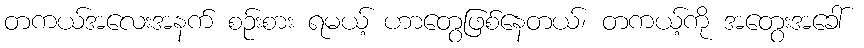
တကယ်အလေးအနက် စဉ်းစား ရမယ့် ဟာတွေဖြစ်နေတယ်၊ တကယ့်ကို အတွေးအခေါ်